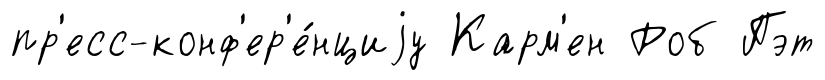
пр'есс-конф'ер'е́нциjу Карм'ен Роб Пэт